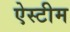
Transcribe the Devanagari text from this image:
ऐस्टीम